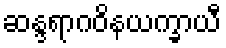
ဆန္ဒရာဂဝိနယက္ခာယီ